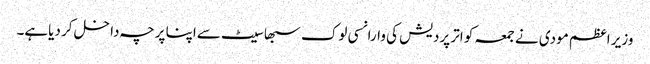
وزیر اعظم مودی نے جمعہ کو اتر پردیش کی وارانسی لوک سبھا سیٹ سےاپنا پرچہ داخل کر دیاہے۔